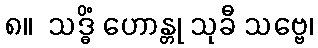
၈။  သဒ္ဓိံ ဟောန္တု သုခီ သဗ္ဗေ၊